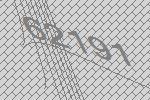
62191